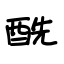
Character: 酰